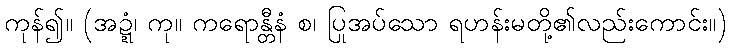
ကုန်၍။ (အဍ္ဍံ၊ ကု။ ကရောန္တီနံ စ၊ ပြုအပ်သော ရဟန်းမတို့၏လည်းကောင်း။)